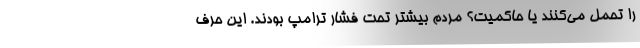
را تحمل می‌کنند یا حاکمیت؟ مردم بیشتر تحت فشار ترامپ بودند. این حرف